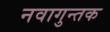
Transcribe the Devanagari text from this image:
नवागुन्तक